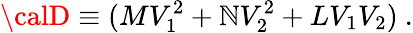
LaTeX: {\calD}\equiv(MV_{1}^{2}+\mathbb{N}V_{2}^{2}+LV_{1}V_{2})\ .